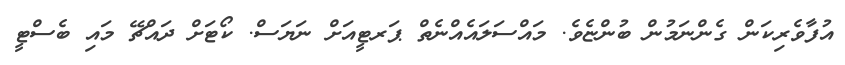
އުފާވެރިކަން ގެންނަމުން ބުންޏެވެ. މައްސަލައެއްނެތް ޕަރޓީއަށް ނަޔަސް. ކޯޓަށް ދައްޗޭ މައި ބެސްޓީ